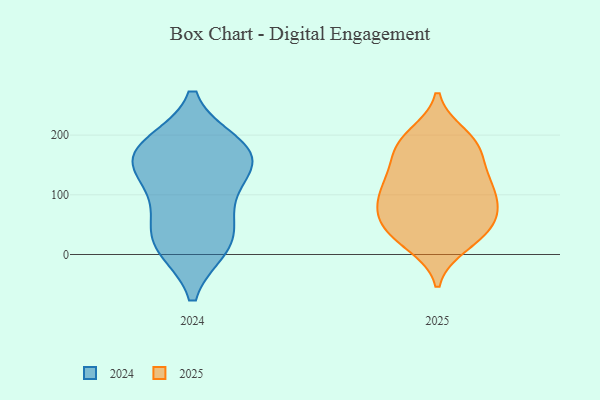
{"axis": {"x": "Budget (USD K)", "y": "Value"}, "legend": ["2024", "2025"], "data": [{"x": "", "y": 183, "type": "2025"}, {"x": "", "y": 140, "type": "2025"}, {"x": "", "y": 179, "type": "2025"}, {"x": "", "y": 200, "type": "2025"}, {"x": "", "y": 16, "type": "2025"}, {"x": "", "y": 25, "type": "2025"}, {"x": "", "y": 29, "type": "2025"}, {"x": "", "y": 119, "type": "2025"}, {"x": "", "y": 87, "type": "2025"}, {"x": "", "y": 70, "type": "2025"}, {"x": "", "y": 168, "type": "2025"}, {"x": "", "y": 79, "type": "2025"}, {"x": "", "y": 51, "type": "2025"}, {"x": "", "y": 104, "type": "2025"}, {"x": "", "y": 115, "type": "2025"}, {"x": "", "y": 123, "type": "2025"}, {"x": "", "y": 193, "type": "2025"}, {"x": "", "y": 48, "type": "2025"}, {"x": "", "y": 65, "type": "2025"}, {"x": "", "y": 147, "type": "2024"}, {"x": "", "y": 176, "type": "2024"}, {"x": "", "y": 25, "type": "2024"}, {"x": "", "y": 14, "type": "2024"}, {"x": "", "y": 13, "type": "2024"}, {"x": "", "y": 171, "type": "2024"}, {"x": "", "y": 135, "type": "2024"}, {"x": "", "y": 167, "type": "2024"}, {"x": "", "y": 183, "type": "2024"}, {"x": "", "y": 62, "type": "2024"}, {"x": "", "y": 95, "type": "2024"}]}